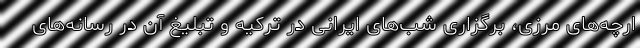
ارچه‌های مرزی، برگزاری شب‌های ایرانی در ترکیه و تبلیغ آن در رسانه‌های